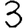
Digit: 3